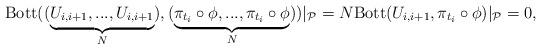
LaTeX: \begin{align*}{\rm Bott}((\underbrace{U_{i,i+1}, ..., U_{i, i+1}}_N), (\underbrace{\pi_{t_i}\circ \phi, ..., \pi_{t_i}\circ\phi}_N))|_{\cal P}=N{\rm Bott}(U_{i,i+1}, \pi_{t_i}\circ \phi)|_{\cal P} =0,\end{align*}